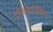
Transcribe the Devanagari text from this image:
टोकोफोबिया